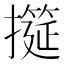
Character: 𢷩